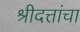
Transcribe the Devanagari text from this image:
श्रीदत्तांचा